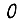
Digit: 0